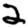
Digit: 2